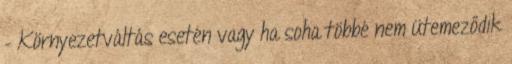
– Környezetváltás esetén vagy ha soha többé nem ütemeződik